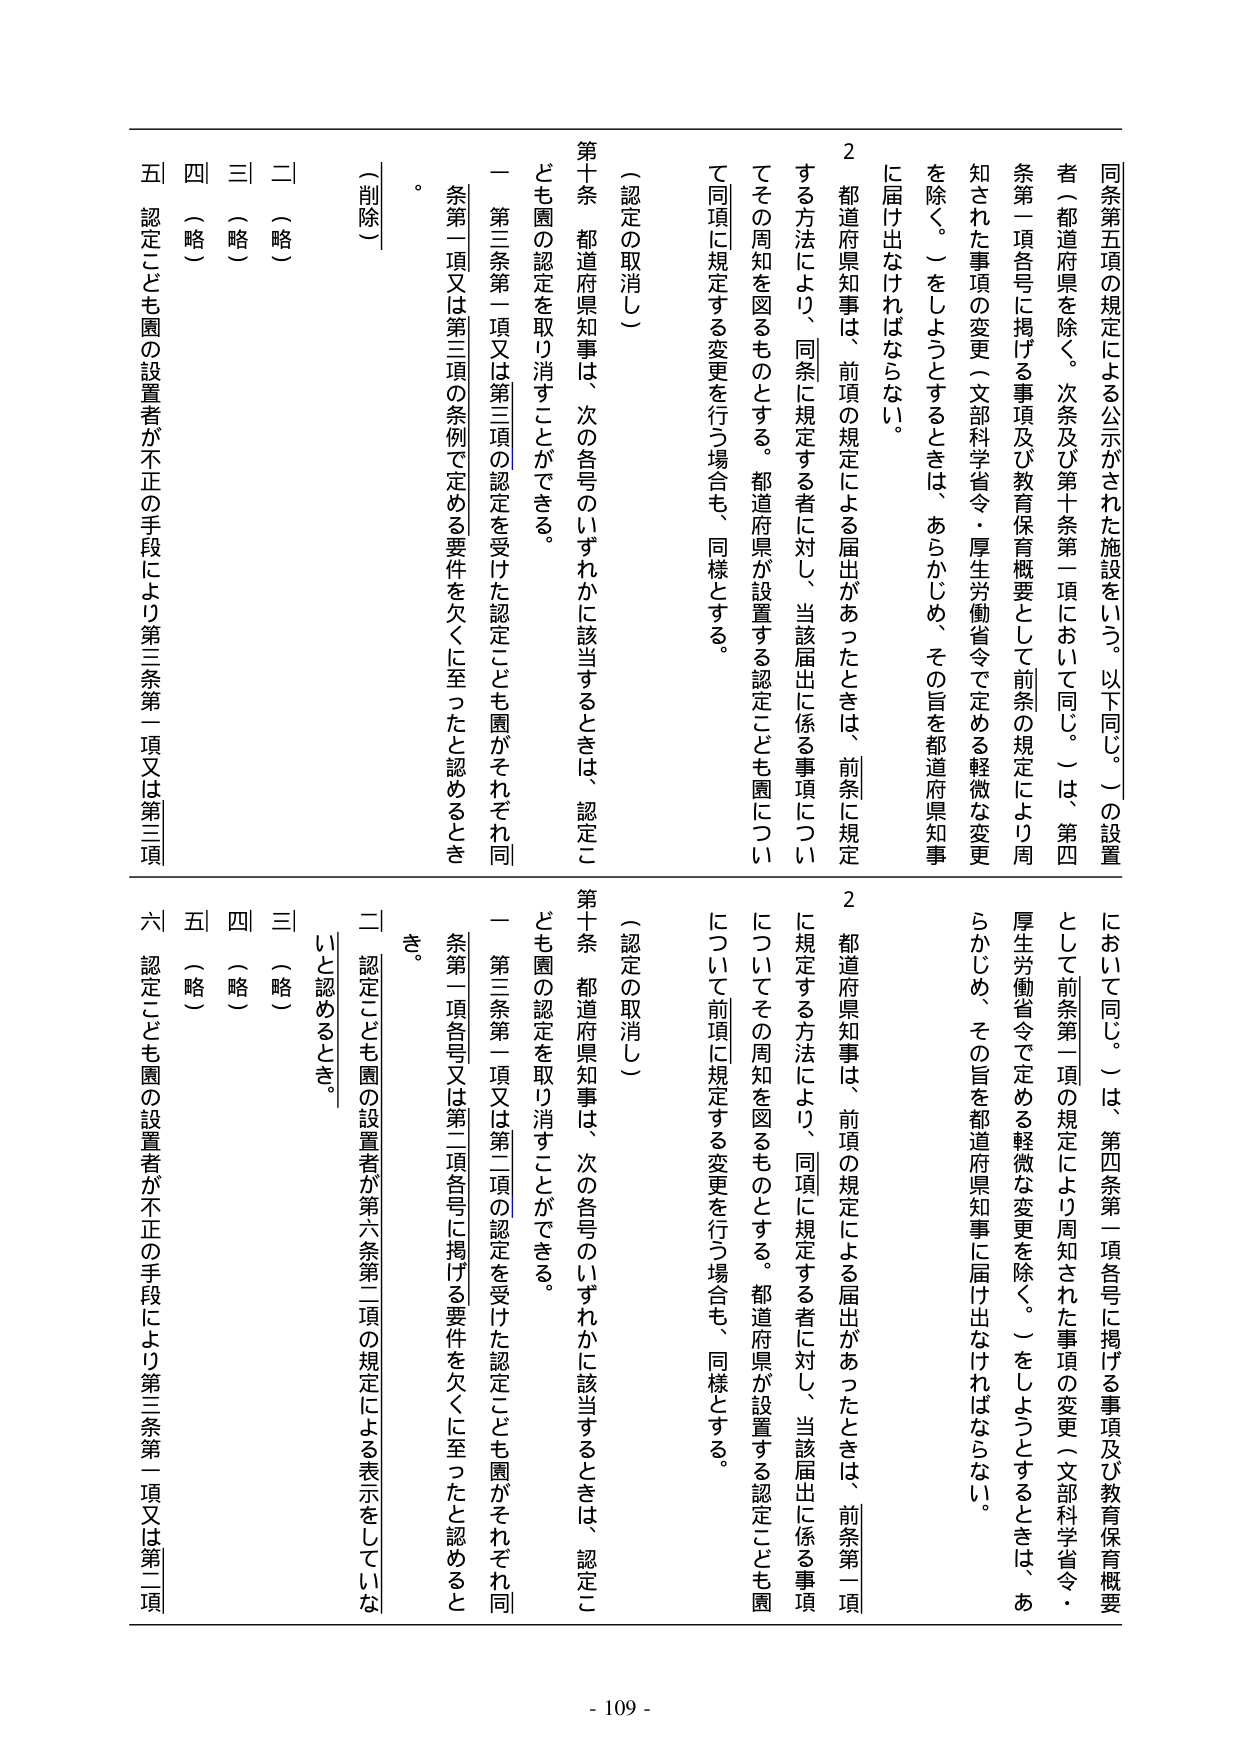
同条第五項の規定による公示がされた施設をいう。以下同じ。）の設置者（都道府県を除く。次条及び第十条第一項において同じ。）は、第四条第一項各号に掲げる事項及び教育保概要として前条の規定により周知された事項の変更（文部科学省令・厚生労働省令で定める軽微な変更を除く。）をしようとするときは、あらかじめ、その旨を都道府県知事に届け出なければならない。

２ 都道府県知事は、前項の規定による届出があったときは、前条に規定する方法により、同条に規定する者に対し、当該届出に係る事項についてその周知を図るものとする。都道府県が設置する認定こども園について同項に規定する変更を行う場合も、同様とする。

（認定の取消し）

第十条 都道府県知事は、次の各号のいずれかに該当するときは、認定こども園の認定を取り消すことができる。

一 第三条第一項又は第三項の認定を受けた認定こども園がそれぞれ同条第一項又は第三項の条例で定める要件を欠くに至ったと認めるとき。

二 （略）

三 （略）

四 （略）

五 認定こども園の設置者が不正の手段により第三条第一項又は第三項

において同じ。）は、第四条第一項各号に掲げる事項及び教育保概要として前条第一項の規定により周知された事項の変更（文部科学省令・厚生労働省令で定める軽微な変更を除く。）をしようとするときは、あらかじめ、その旨を都道府県知事に届け出なければならない。

２ 都道府県知事は、前項の規定による届出があったときは、前条第一項に規定する方法により、同項に規定する者に対し、当該届出に係る事項についてその周知を図るものとする。都道府県が設置する認定こども園について前項に規定する変更を行う場合も、同様とする。

（認定の取消し）

第十条 都道府県知事は、次の各号のいずれかに該当するときは、認定こども園の認定を取り消すことができる。

一 第三条第一項又は第二項の認定を受けた認定こども園がそれぞれ同条第一項各号又は第二項各号に掲げる要件を欠くに至ったと認めるとき。

二 認定こども園の設置者が第六条第二項の規定による表示をしていないと認めるとき。

三 （略）

四 （略）

五 （略）

六 認定こども園の設置者が不正の手段により第三条第一項又は第二項

（削除）